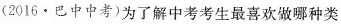
(2016·巴中中考)为了解中考考生最喜欢做哪种类